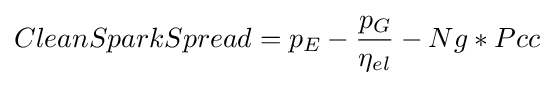
CleanSparkSpread=p_{E}-{\frac {p_{G}}{\eta _{el}}}-Ng*Pcc